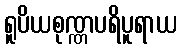
ရူပိယစုဏ္ဏပရိပူရာယ